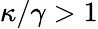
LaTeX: \kappa/\gamma>1